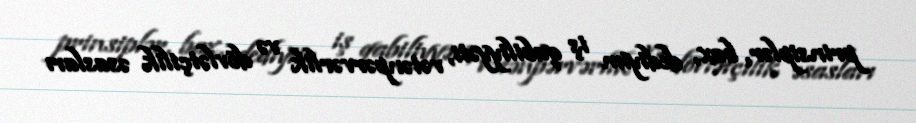
prinsiplər, bax, dediyim iş qabiliyyəti, vətənpərvərlik və dövlətçilik əsasları